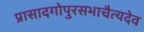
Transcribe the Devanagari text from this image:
प्रासादगोपुरसभाचैत्यदेव